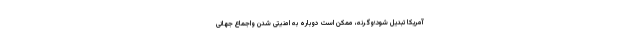
آمریکا تبدیل شود؛وگرنه، ممکن است دوباره به امنیتی‌ شدن واجماع جهانی‌